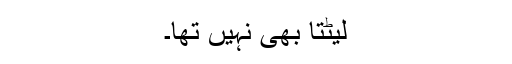
لیٹتا بھی نہیں تھا۔